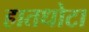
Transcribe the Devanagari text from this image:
हातधोटा